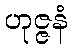
ဟုဇ္ဇနံ